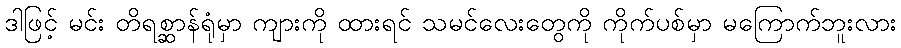
ဒါဖြင့် မင်း တိရစ္ဆာန်ရုံမှာ ကျားကို ထားရင် သမင်လေးတွေကို ကိုက်ပစ်မှာ မကြောက်ဘူးလား